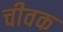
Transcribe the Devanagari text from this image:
चीवक